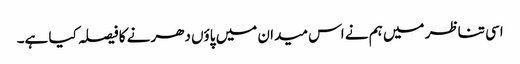
اسی تناظر میں ہم نے اس میدان میں پاؤں دھرنے کا فیصلہ کیا ہے۔